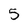
Character: 5